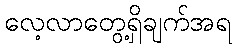
လေ့လာတွေ့ရှိချက်အရ